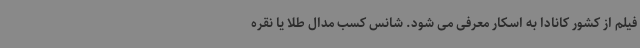
فیلم از کشور کانادا به اسکار معرفی می شود. شانس کسب مدال طلا یا نقره